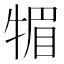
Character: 𤚤